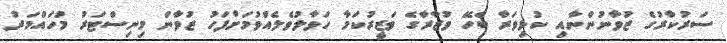
ސަރުކާރުގެ ޒުވާނުންނާއި ކުޅިވަރާ ބެހޭ ވުޒާރާގެ ވަޒީރުކަމާ ހަވާލުވެލެއްވުމަށްފަހު ޒުވާން މިނިސްޓަރު މުހައްމަދު